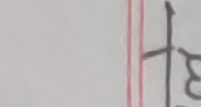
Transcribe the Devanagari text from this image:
ठ